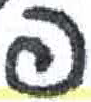
אות: פ